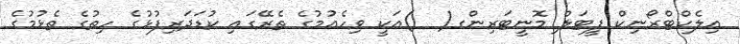
އިލެކްޓްރޯނިކް ފީޓަލް މޮނީޓަރިންގ(  )އަކީ ވިހެއުމުގެ ތެރޭގައި ކުޑަދަރިފުޅުގެ ހިތުގެ ތެޅުމުގެ